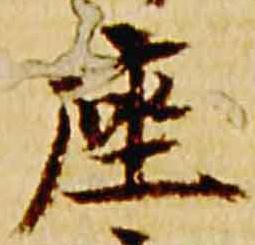
座